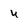
Character: U